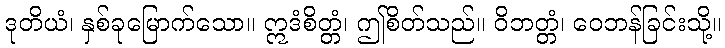
ဒုတိယံ၊ နှစ်ခုမြောက်သော။ ဣဒံစိတ္တံ၊ ဤစိတ်သည်။ ဝိဘတ္တံ၊ ဝေဘန်ခြင်းသို့။